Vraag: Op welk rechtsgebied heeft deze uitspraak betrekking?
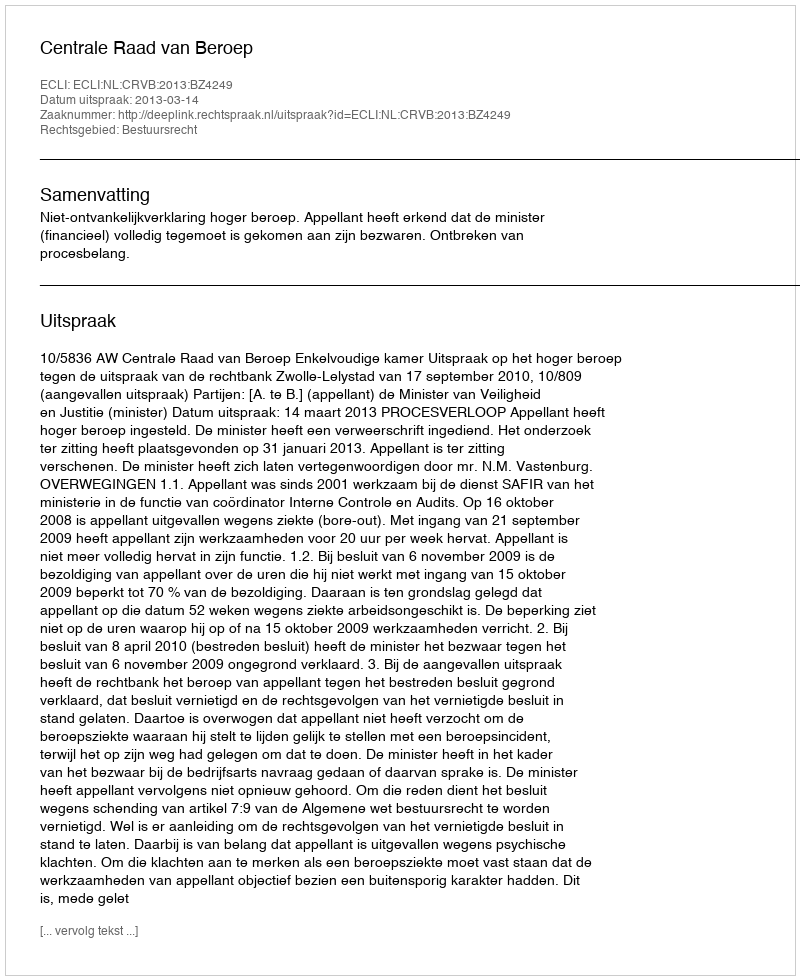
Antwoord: Bestuursrecht